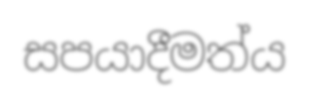
සපයාදීමත්ය